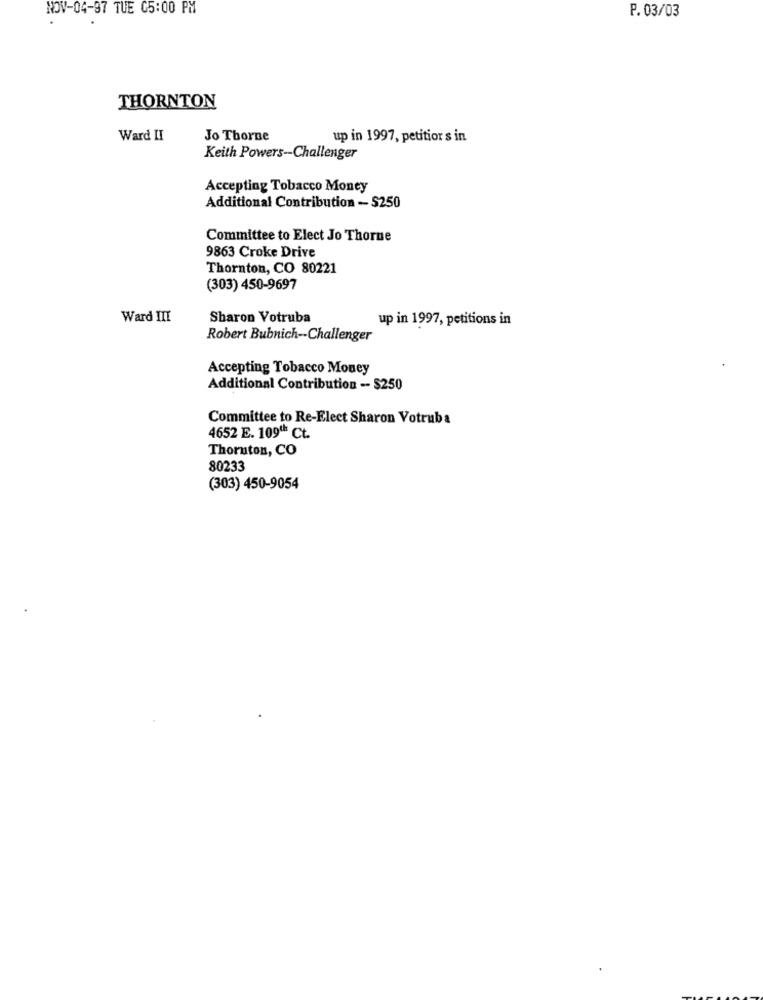
NOV-04-97 TUE 05:00 PM
P. 03/03
THORNTON
Ward II
Jo Thorne
up in 1997, petitior s in
Keith Powers-Challenger
Accepting Tobacco Money
Additional Contribution - $250
Committee to Elect Jo Thorne
9863 Croke Drive
Thornton, CO 80221
(303) 450-9697
Ward III
Sharon Votruba
up in 1997, petitions in
Robert Bubnich -- Challenger
Accepting Tobacco Money
Additional Contribution -- $250
Committee to Re-Elect Sharon Votruba
4652 E. 109" Ct.
Thornton, CO
80233
(303) 450-9054